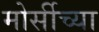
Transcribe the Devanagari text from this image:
मोर्सीच्या